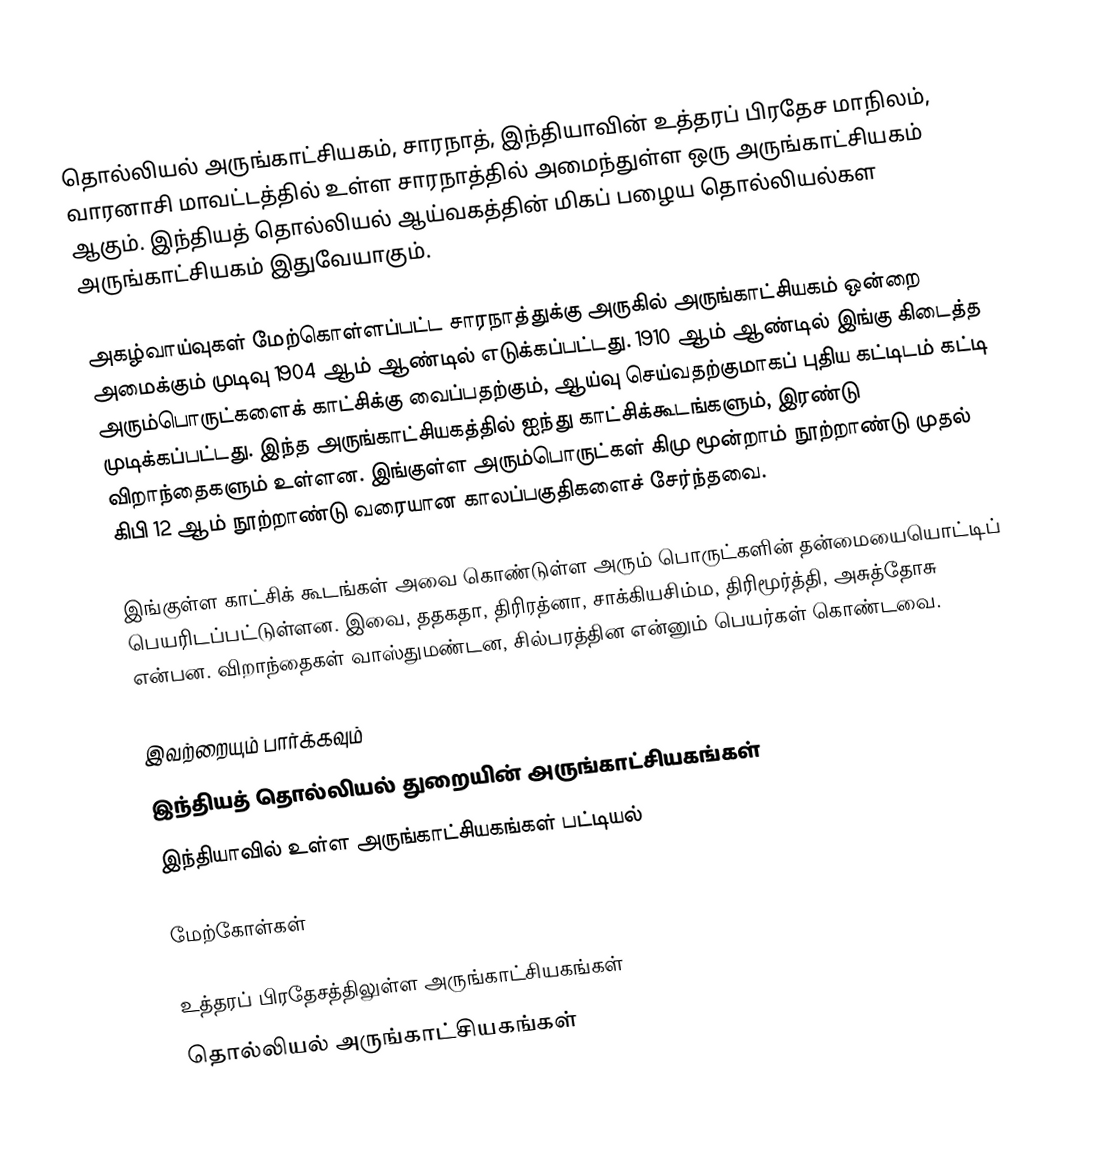
தொல்லியல் அருங்காட்சியகம், சாரநாத், இந்தியாவின் உத்தரப் பிரதேச மாநிலம், வாரனாசி மாவட்டத்தில் உள்ள சாரநாத்தில் அமைந்துள்ள ஒரு அருங்காட்சியகம் ஆகும். இந்தியத் தொல்லியல் ஆய்வகத்தின் மிகப் பழைய தொல்லியல்கள அருங்காட்சியகம் இதுவேயாகும்.

அகழ்வாய்வுகள் மேற்கொள்ளப்பட்ட சாரநாத்துக்கு அருகில் அருங்காட்சியகம் ஒன்றை அமைக்கும் முடிவு 1904 ஆம் ஆண்டில் எடுக்கப்பட்டது. 1910 ஆம் ஆண்டில் இங்கு கிடைத்த அரும்பொருட்களைக் காட்சிக்கு வைப்பதற்கும், ஆய்வு செய்வதற்குமாகப் புதிய கட்டிடம் கட்டி முடிக்கப்பட்டது. இந்த அருங்காட்சியகத்தில் ஐந்து காட்சிக்கூடங்களும், இரண்டு விறாந்தைகளும் உள்ளன. இங்குள்ள அரும்பொருட்கள் கிமு மூன்றாம் நூற்றாண்டு முதல் கிபி 12 ஆம் நூற்றாண்டு வரையான காலப்பகுதிகளைச் சேர்ந்தவை.

இங்குள்ள காட்சிக் கூடங்கள் அவை கொண்டுள்ள அரும் பொருட்களின் தன்மையையொட்டிப் பெயரிடப்பட்டுள்ளன. இவை, ததகதா, திரிரத்னா, சாக்கியசிம்ம, திரிமூர்த்தி, அசுத்தோசு என்பன. விறாந்தைகள் வாஸ்துமண்டன, சில்பரத்தின என்னும் பெயர்கள் கொண்டவை.

இவற்றையும் பார்க்கவும்
 இந்தியத் தொல்லியல் துறையின் அருங்காட்சியகங்கள்
 இந்தியாவில் உள்ள அருங்காட்சியகங்கள் பட்டியல்

மேற்கோள்கள்

உத்தரப் பிரதேசத்திலுள்ள அருங்காட்சியகங்கள்
தொல்லியல் அருங்காட்சியகங்கள்